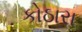
કોઠારા